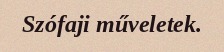
Szófaji műveletek.